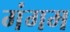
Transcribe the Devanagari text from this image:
गंगम